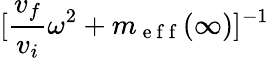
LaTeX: [\frac{v_{f}}{v_{i}}\omega^{2}+m_{\mathrm{~e~f~f~}}(\infty)]^{-1}